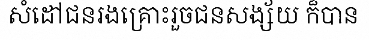
សំដៅជនរងគ្រោះរួចជនសង្ស័យ ក៏បាន